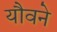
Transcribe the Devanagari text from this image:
यौवने